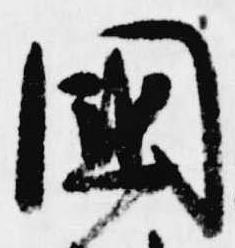
国